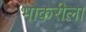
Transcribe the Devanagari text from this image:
भाकरीला